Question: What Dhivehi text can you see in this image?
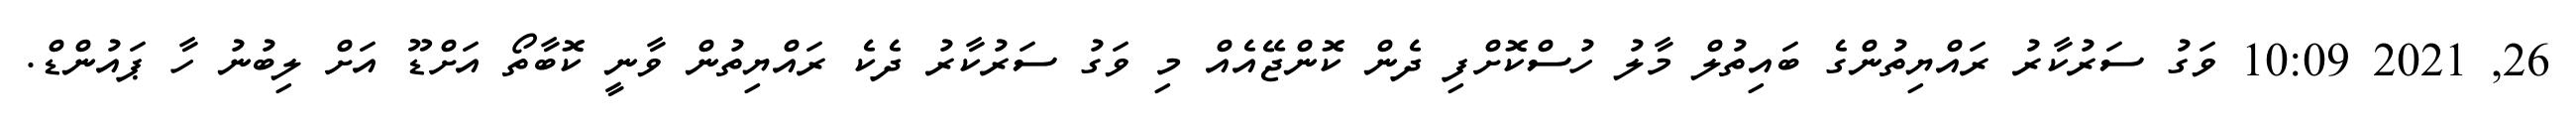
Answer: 26, 2021 10:09 ވަގު ސަރުކާރު ރައްޔިތުންގެ ބައިތުލް މާލު ހުސްކޮށްފި ދެން ކޮންޖޭއެއް މި ވަގު ސަރުކާރު ދެކެ ރައްޔިތުން ވާނީ ކޮބާތޯ އަށްޑޫ އަށް ލިބުނު ހާ ޕައުންޑް.